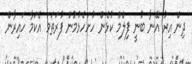
ދިން އިރު އޭނާ ބުނީ ފިލްމް ކުޅެން ހުށަހެޅުމުން ފުރަތަމަ އެކަމާ ހައިރާން